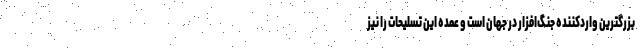
بزرگترین واردکننده جنگ‌افزار در جهان است و عمده این تسلیحات را نیز